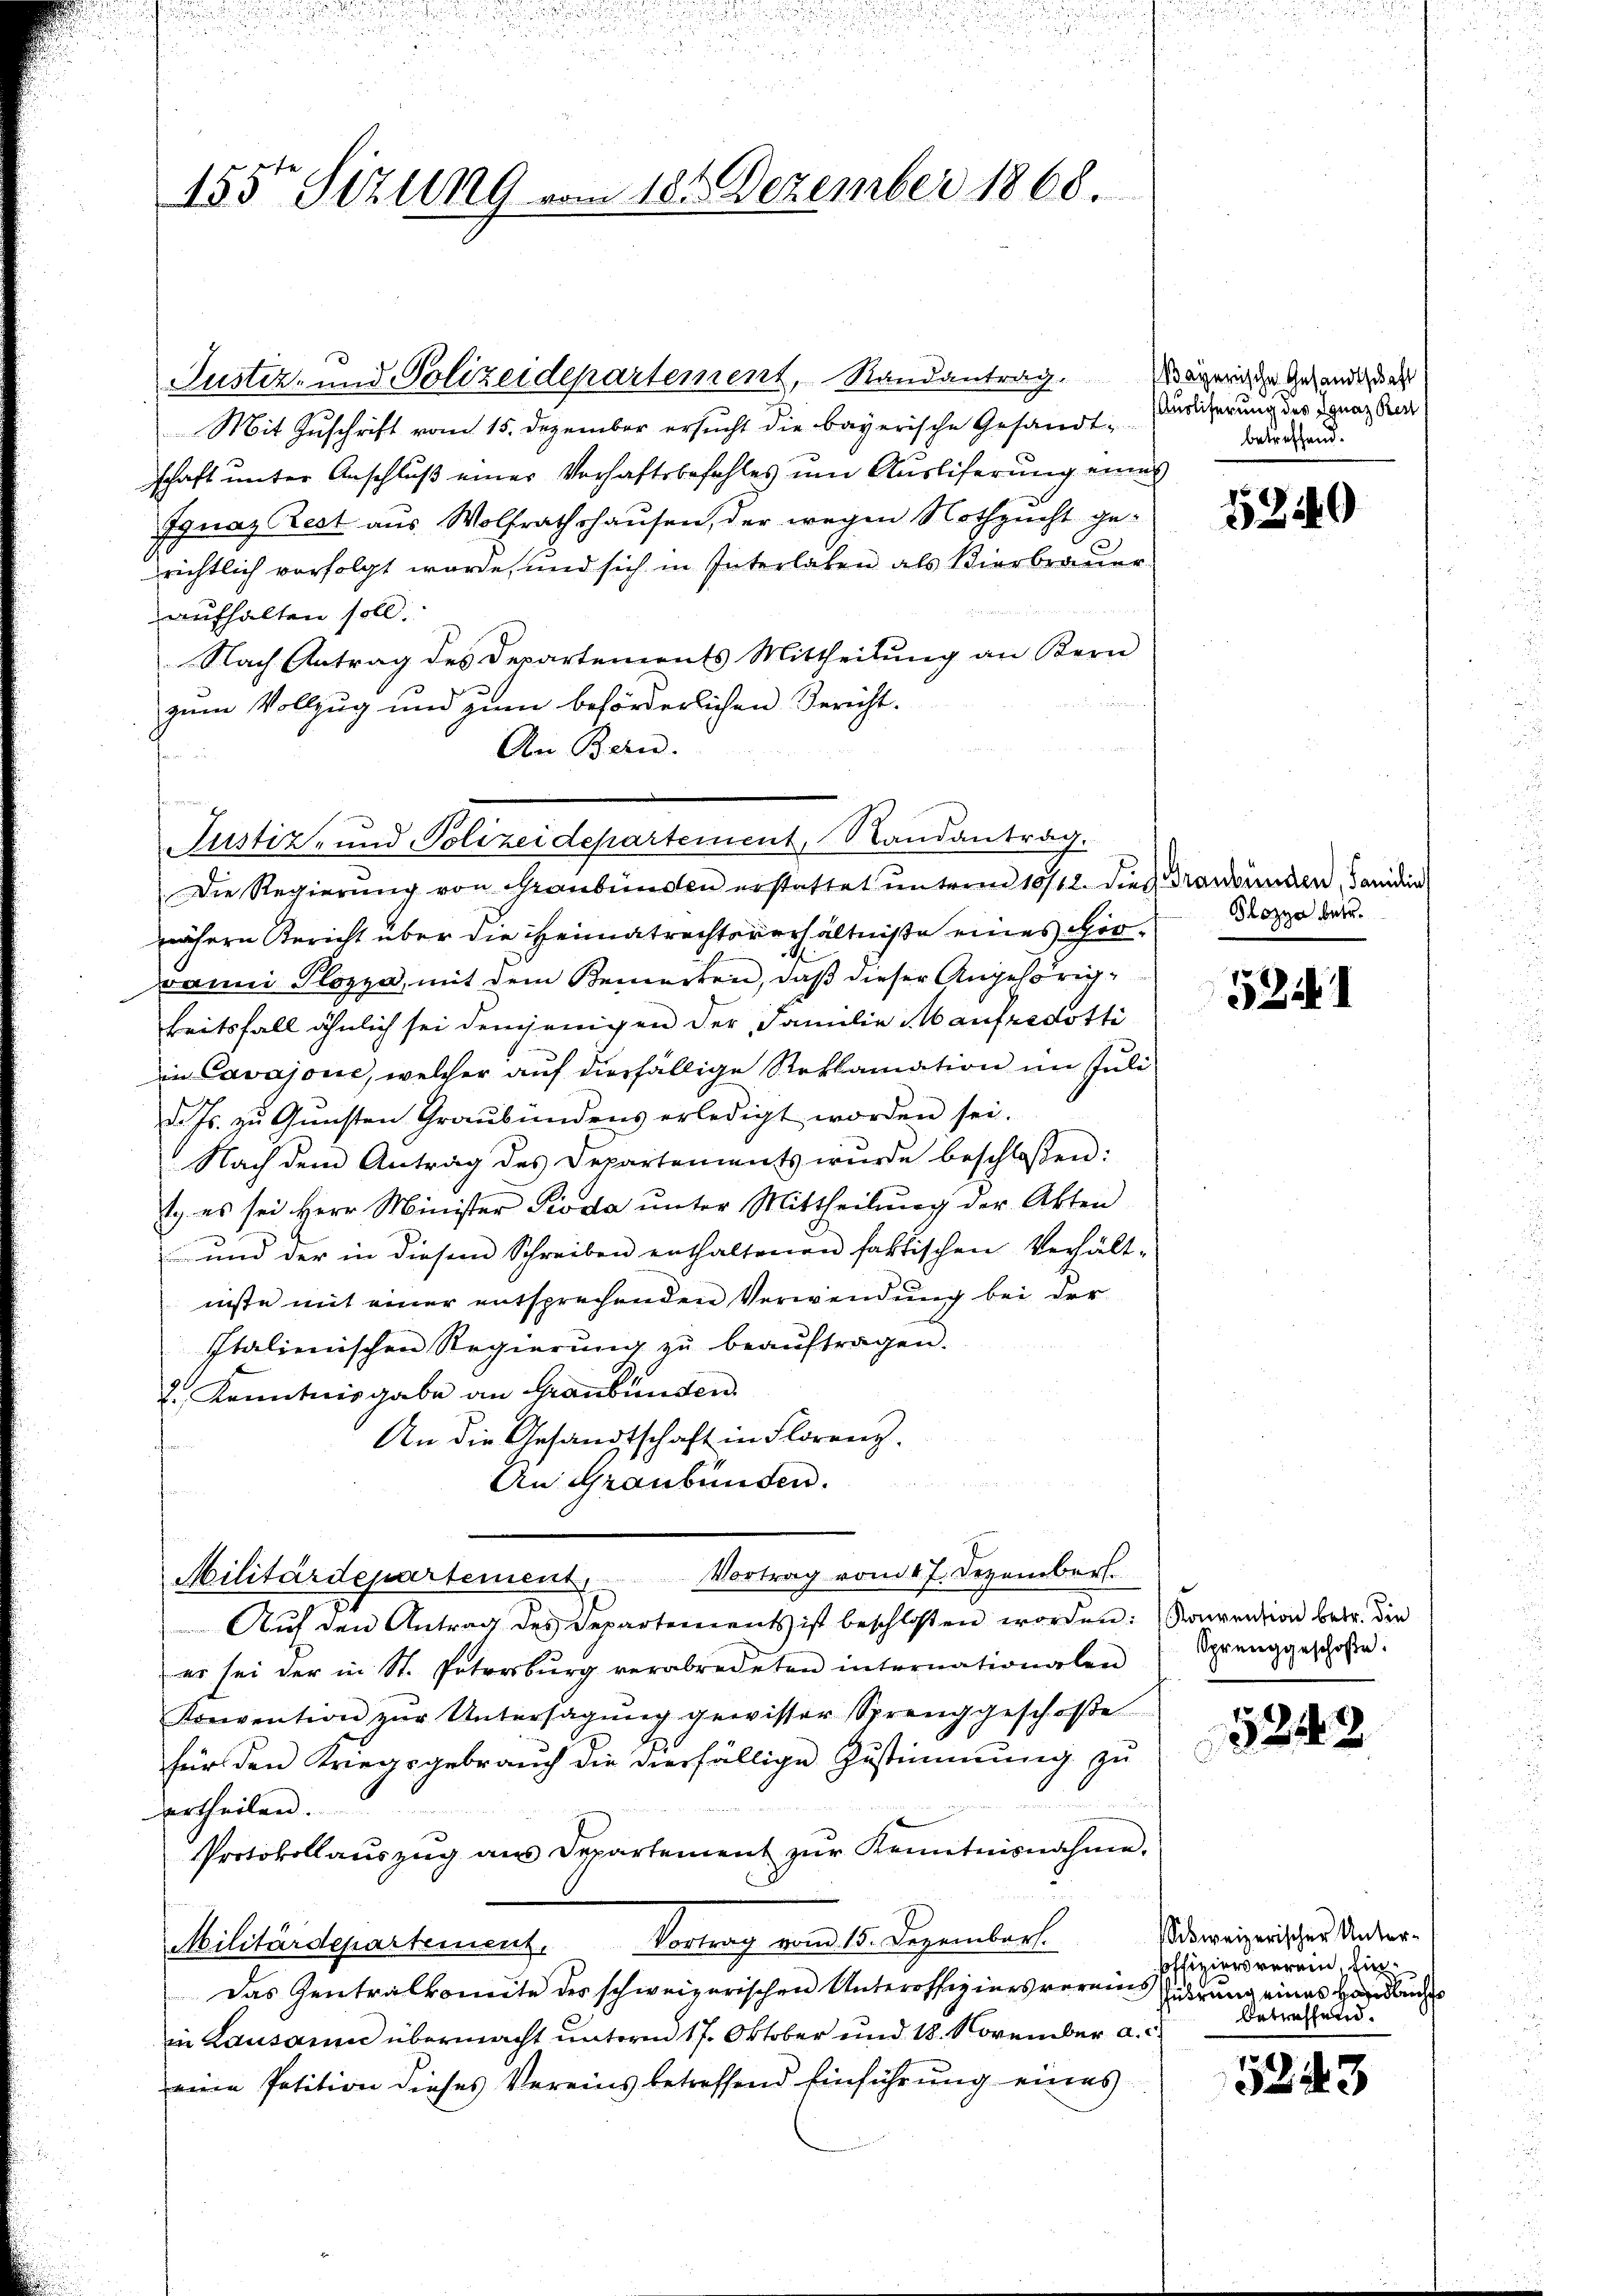
155ten Sizung vom 18ten Dezember 1868.

Justiz- und Polizeidepartement, Randantrag. Sägeriche Gesandten als
Mit Zuschrift vom 15. Dezember ersucht die bayerische Gesandtschaft unter Anschluß einer Verhaftsbefehles um Ausliferung eines
Ignaz Crest aus Wolfrathshausen, der wegen Nothzucht gerichtlich verfolgt wurde, und sich in Interlasen als Vierbrauer
aufhalten soll.
Nach Antrag des Departements Mittheilung an Kern
zum Vollzug und zum beförderlichen Bericht.
Am Bern.
Die Regierŭng von Graubünden erstattet unterm 10/12. dies raubünden, Sanidin
nähern Bericht über die Heimatrechtsverhältniße eines Heroanni Plozza, mit dem Bemerken, daß dieser Angehörigkeitsfall ähnlich sei demjenigen der Familie aufredotti
in Cavajone, welcher auf diesfällige Reklamation im Juli
d. Js. zŭ Gŭnsten Graubündens erledigt worden sei.
Nach dem Antrag des Departements wurde beschlossen:
t. es sei Herr Minister Pioda ŭnter Mittheilŭng der Akten
 und der in diesem Schreiben enthaltenen faktischen Verhält-
nste mit einer entsprechenden Verwendung bei der
Italienischen Regierŭng zŭ beaŭftragen.
2. Kenntnisgabe an Graubünden.
An die Gesandtschaft in Florenz.
An Graubünden.
Militärdepartement, Vortrag vom 17. Dezember.
Aŭf den Antrag des Departements ist beschlossen worden: Konvention betr. die
er sei der in St. Petersburg verabredeten internationalen
Kreivention zŭr Untersagŭng gewisser Sprenggeschose
für den Kriegsgebrauch die vierfällige Zustimmung zu
¬
ertheilen.
Protokollaŭszŭg aŭs Departement zŭr Kenntnisnahme.
Vortrag von 15. Dezembert.
Militärdepartement.
Das Zentralkomite des schweizerischen Unteroffiziersvereins
in Lausann übermacht unterm 17. Oktober und 18. November a. c.
eine Petition dieses Vereins betreffend Einführung eines

Justiz- und Polizeidepartement, Randantrag.

Auslieferung des Ignaz Best
betreffend.

52440

Pozza betr.

524

Sprenggeschose.

5242

ihweizerischer Unter¬
Pffiziersverein, Ein
führung eines Handlich
betreffend.

5243